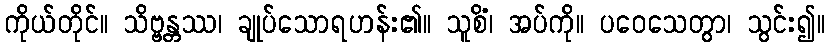
ကိုယ်တိုင်။ သိဗ္ဗန္တဿ၊ ချုပ်သောရဟန်း၏။ သူစိံ၊ အပ်ကို။ ပဝေသေတွာ၊ သွင်း၍။